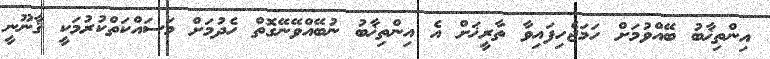
އިންތިޚާބު ބޭއްވުމަށް ހަމަޖެހިފައިވާ ތާރީޚަށް އެ އިންތިޚާބު ނުބޭއްވޭނޭގޮތް ހެދުމަށް މަސައްކަތްކުރުމަކީ ޤާނޫނީ